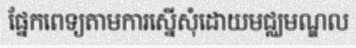
ផ្នែកពេទ្យតាមការស្នើសុំដោយមជ្ឈមណ្ឌល